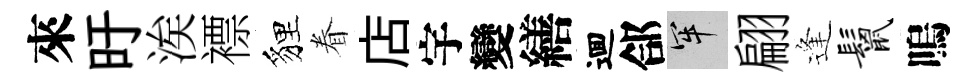
來旴涘褾貍眷店宇變繕逥郃牢翩逢鬣嗚